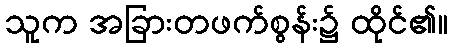
သူက အခြားတဖက်စွန်း၌ ထိုင်၏။